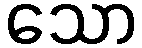
သော